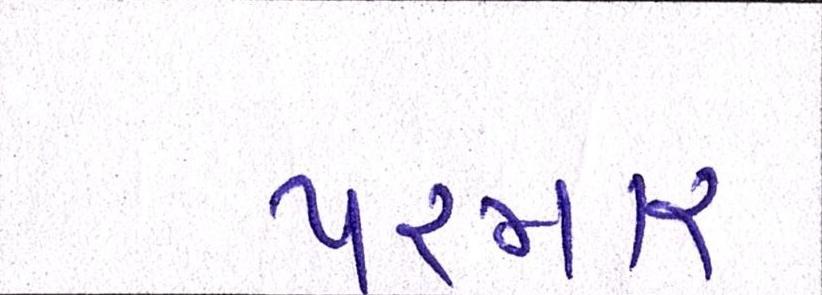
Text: પરમાર